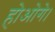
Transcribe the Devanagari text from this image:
होओगे।